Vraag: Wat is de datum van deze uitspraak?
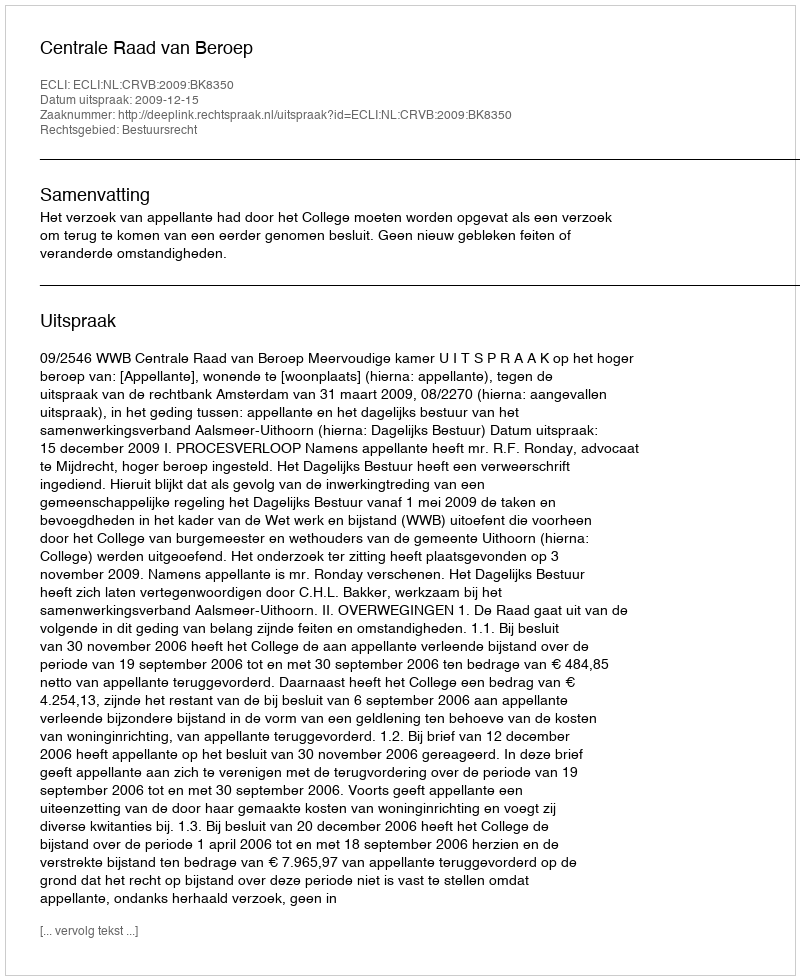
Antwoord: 2009-12-15